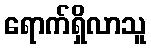
ရောက်ရှိလာသူ